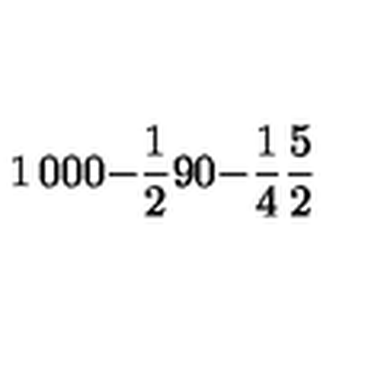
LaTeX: \begin{matrix} { 1 } & { 0 } & { 0 } \\ { 0 } & { - { \frac { 1 } { 2 } } } & { 9 } \\ { 0 } & { - { \frac { 1 } { 4 } } } & { { \frac { 5 } { 2 } } } \\ \end{matrix}